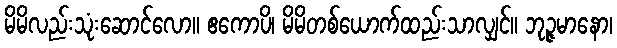
မိမိလည်းသုံးဆောင်လော။ ဧကောပိ၊ မိမိတစ်ယောက်ထည်းသာလျှင်။ ဘုဉ္ဇမာနော၊